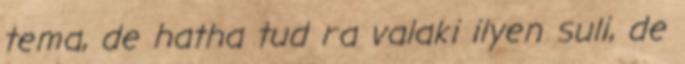
tema, de hatha tud ra valaki ilyen suli, de